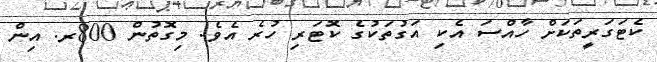
ކެޓަގަރީތަކަށް ހާއްސަ އެކި އަގުތަކުގެ ކޮޓަރި ހުރެ އެވެ. މިގޮތުން 800ރ. އިން